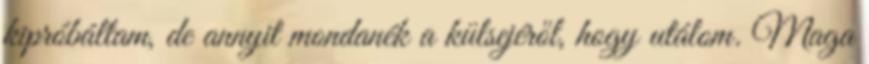
kipróbáltam, de annyit mondanék a külsejéről, hogy utálom. Maga